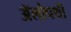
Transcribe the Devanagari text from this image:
अॅलोपथी